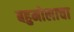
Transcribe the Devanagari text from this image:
बहुमोलाचा